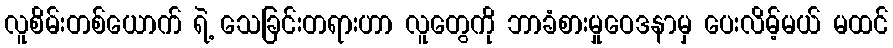
လူစိမ်းတစ်ယောက် ရဲ့ သေခြင်းတရားဟာ လူတွေကို ဘာခံစားမှုဝေဒနာမှ ပေးလိမ့်မယ် မထင်